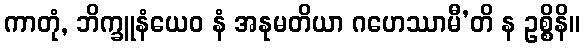
ကာတုံ, ဘိက္ခူနံယေဝ နံ အနုမတိယာ ဂဟေဿာမီ’တိ န ဥစ္စိနိ။